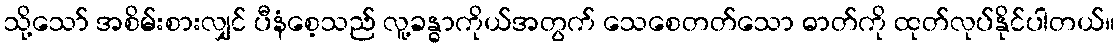
သို့သော် အစိမ်းစားလျှင် ပီနံစေ့သည် လူ့ခန္ဓာကိုယ်အတွက် သေစေတတ်သော ဓာတ်ကို ထုတ်လုပ်နိုင်ပါတယ်။